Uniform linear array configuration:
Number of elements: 24
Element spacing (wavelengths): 0.5
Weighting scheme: blackman
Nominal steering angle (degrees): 0
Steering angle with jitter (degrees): -0.6284
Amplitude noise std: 0.05
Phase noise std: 0.05

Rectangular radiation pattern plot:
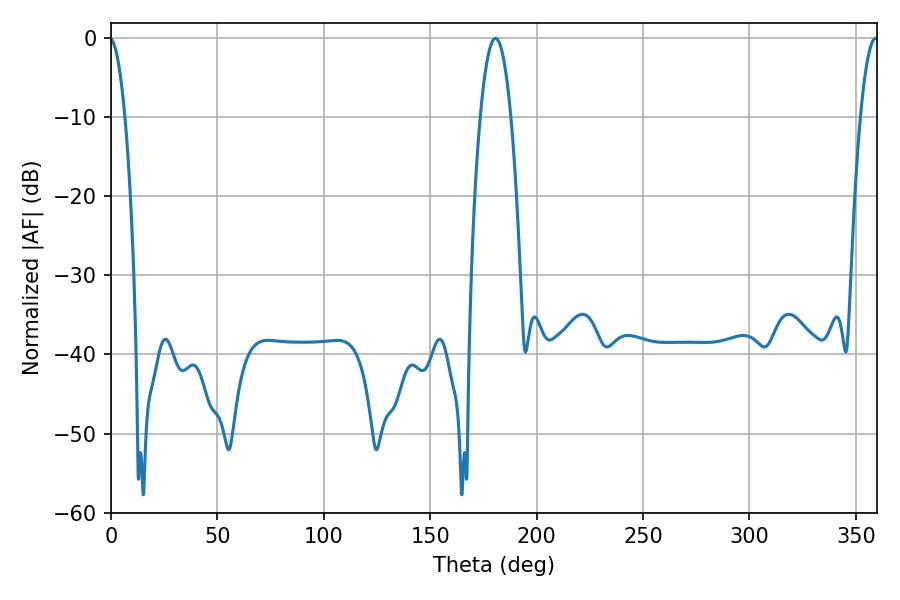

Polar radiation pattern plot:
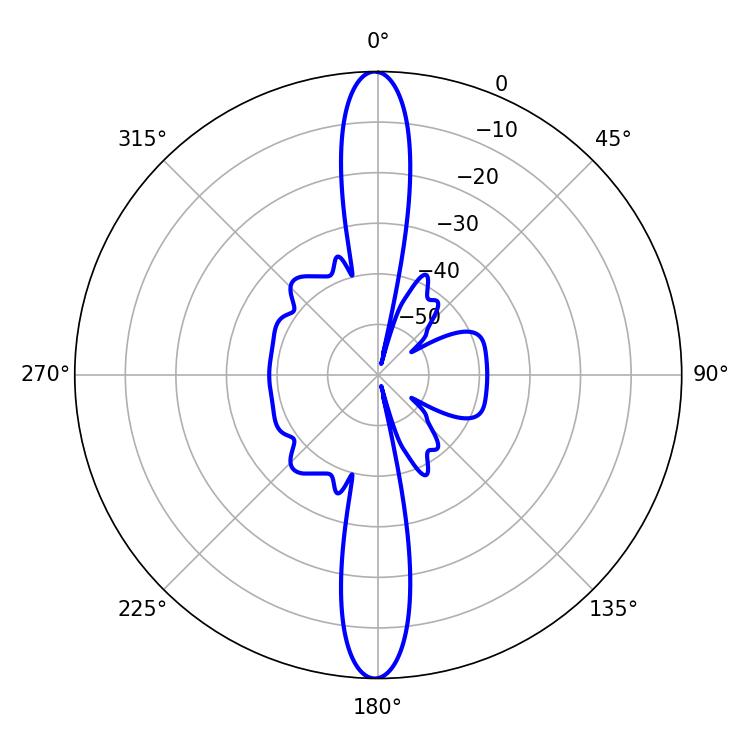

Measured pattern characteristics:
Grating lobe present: FALSE
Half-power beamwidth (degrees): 7.92
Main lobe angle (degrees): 180.72